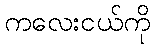
ကလေးငယ်ကို